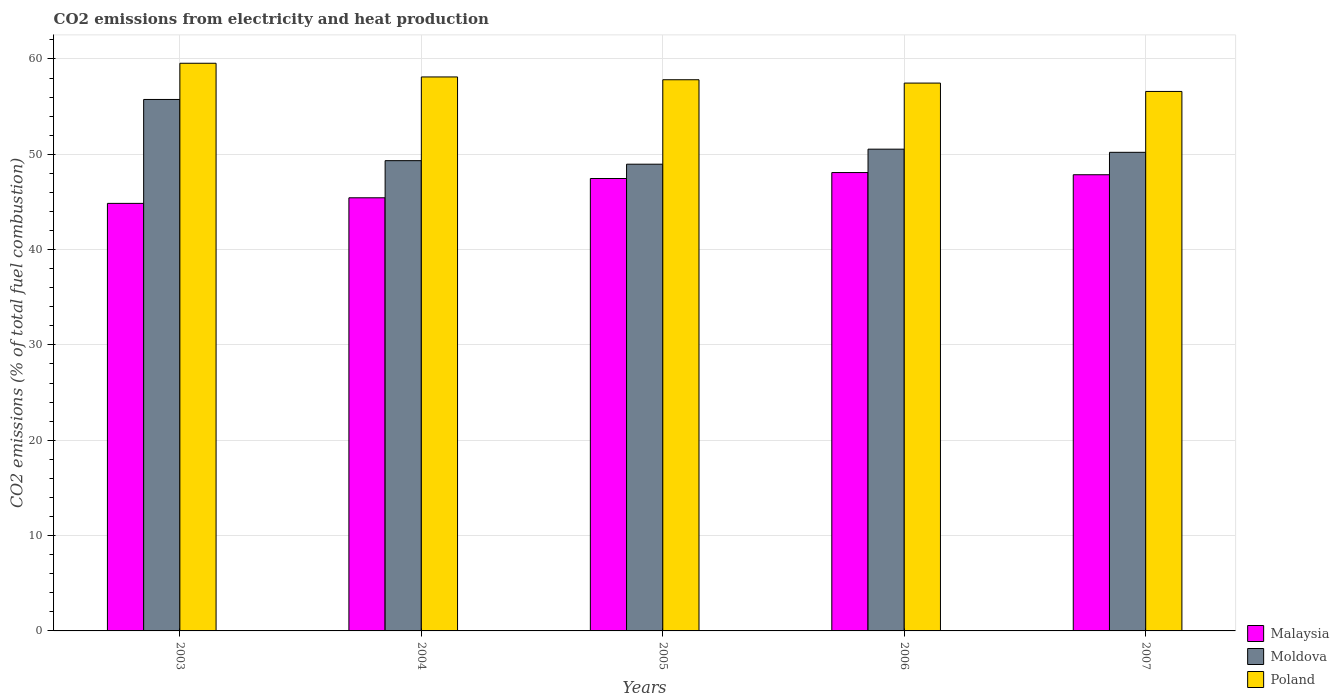
| Years | Malaysia | Moldova | Poland |
 | --- | --- | --- | --- |
 | 2003 | 44.8 | 55.7 | 59.5 |
 | 2004 | 45.4 | 49.3 | 58.1 |
 | 2005 | 47.5 | 49 | 57.8 |
 | 2006 | 48.1 | 50.5 | 57.5 |
 | 2007 | 47.9 | 50.2 | 56.6 |